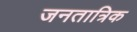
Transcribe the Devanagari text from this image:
जनतात्रिक